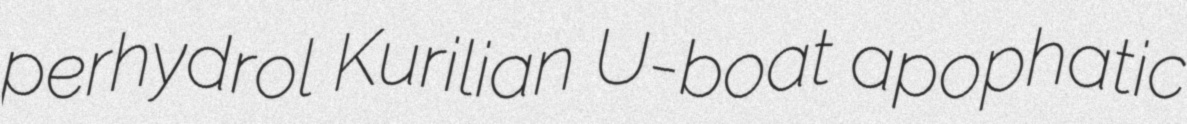
perhydrol Kurilian U-boat apophatic